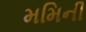
મમિની